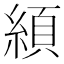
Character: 䋶